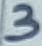
Text: 3